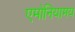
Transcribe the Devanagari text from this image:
एमोनियामय